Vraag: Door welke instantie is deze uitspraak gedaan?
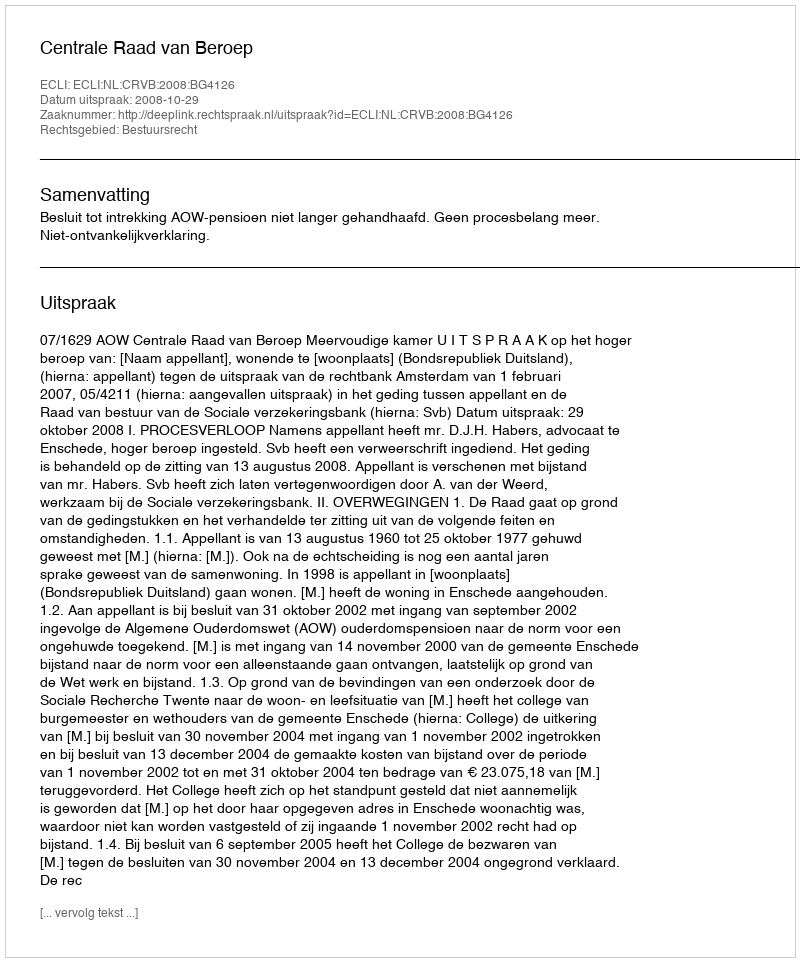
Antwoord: Centrale Raad van Beroep